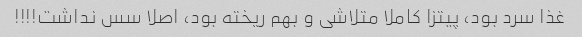
غذا سرد بود، پیتزا کاملا متلاشی و بهم ریخته بود، اصلا سس نداشت!!!!